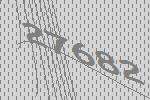
27682